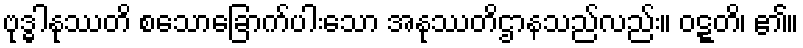
ဗုဒ္ဓါနုဿတိ စသောခြောက်ပါးသော အနုဿတိဌာနသည်လည်း။ ဝဋ္ဋတိ၊ ၏။